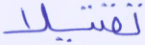
تقتيلا